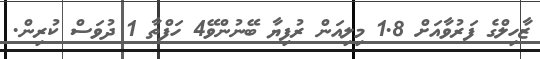
ޒާހިލްގެ ފަރުވާއަށް 1.8 މިލިއަން ރުފިޔާ ބޭނުންވޭ4 ހަފްތާ 1 ދުވަސް ކުރިން.